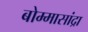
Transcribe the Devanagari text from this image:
बोम्मासांद्रा